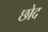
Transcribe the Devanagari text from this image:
छोद